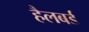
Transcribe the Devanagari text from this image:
हैलबर्ड